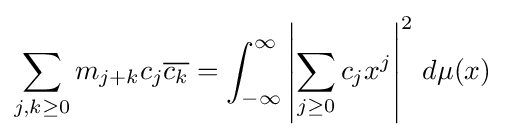
\sum _{j,k\geq 0}m_{j+k}c_{j}{\overline {c_{k}}}=\int _{-\infty }^{\infty }\left|\sum _{j\geq 0}c_{j}x^{j}\right|^{2}\,d\mu (x)